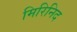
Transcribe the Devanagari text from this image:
मिरिनिद